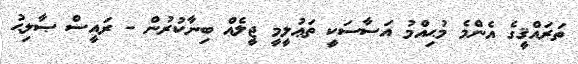
ތަރައްޤީގެ އެންމެ މުޙިއްމު އަސާސަކީ ތަޢުލީމީ ޖީލެއް ބިނާކުރުން - ރައީސް ޞާލިޙު